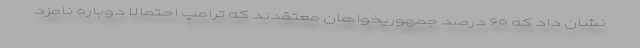
نشان داد که ۶۰ درصد جمهوریخواهان معتقدند که ترامپ احتمالا دوباره نامزد